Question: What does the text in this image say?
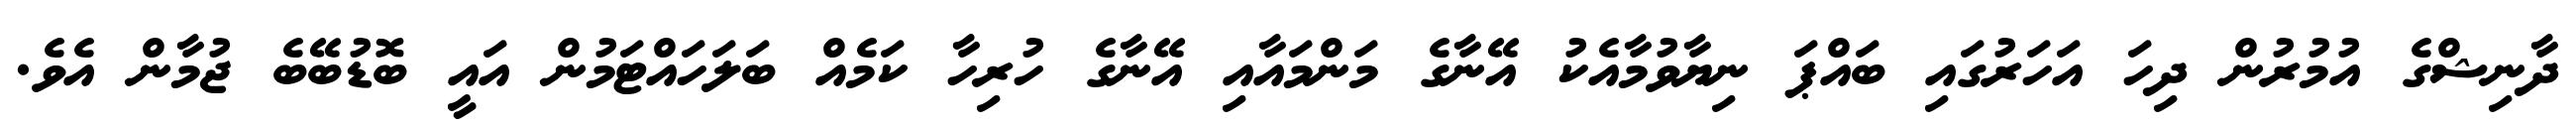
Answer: ދާނިޝްގެ އުމުރުން ދިހަ އަހަރުގައި ބައްޕަ ނިޔާވުމާއެކު އޭނާގެ މަންމައާއި އޭނާގެ ހުރިހާ ކަމެއް ބަލަހައްޓަމުން އައީ ބޮޑުބޭބެ ޖުމާން އެވެ.